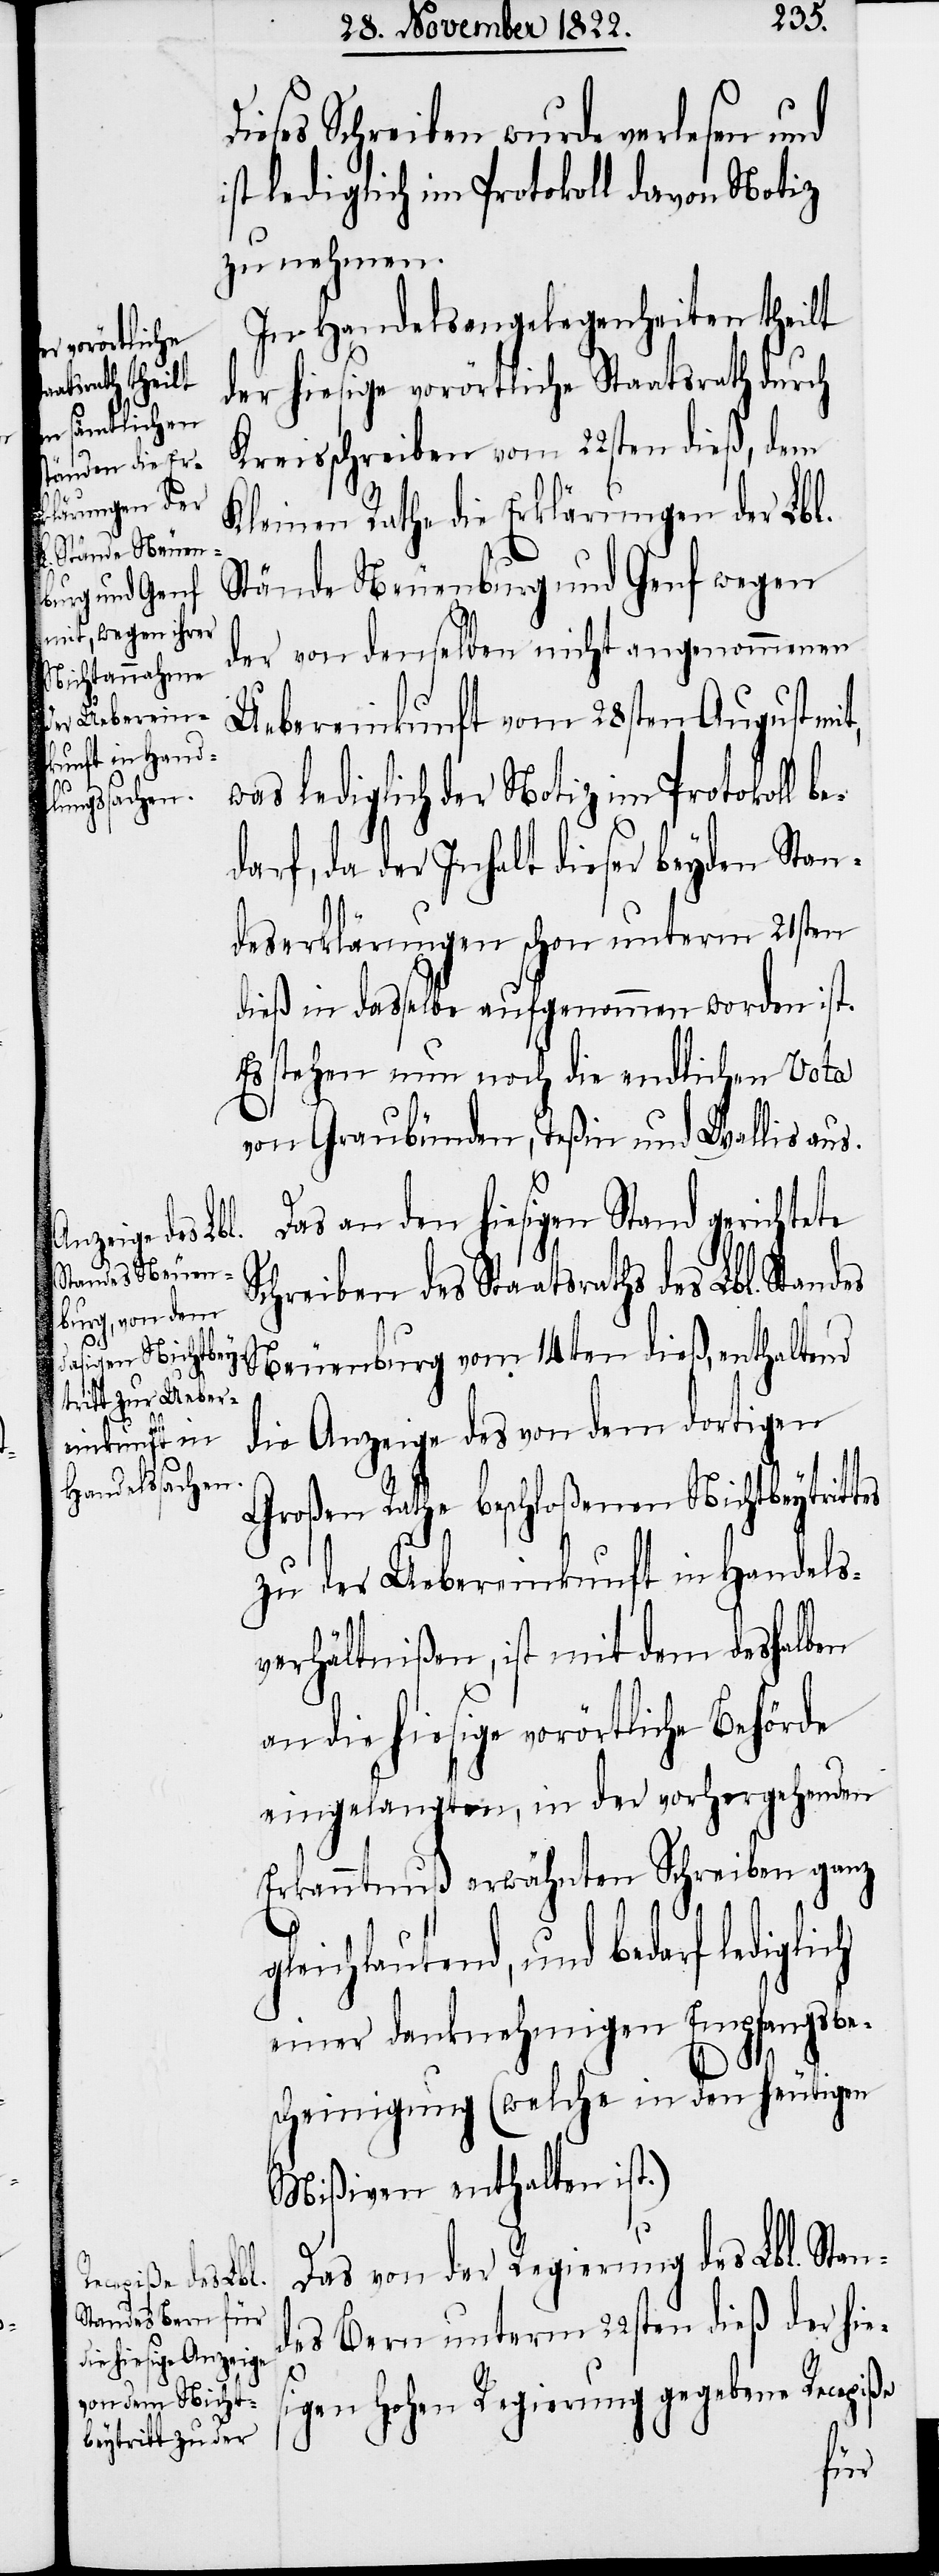
atsraths des Lbl.

ieses Schreiben wurde verlesen und
ist lediglich im Protokoll davon Notiz
zu nehmen.
In Handelsangelegenheiten theilt
der hiesige vorörtliche Staatsrath durch
Kreisschreiben vom 22sten dieß, dem
Kleinen Rathe die Erklärungen der Lbl.
Stände Neuenburg und Genf wegen
der von denselben nicht angenommenen
Uebereinkunft vom 28sten August
was lediglich der Notiz im Protokoll be¬
darf, da der Inhalt dieser beyden Stan¬
deserklärungen schon unterm 21sten
dieß in dasselbe aufgenommen worden ist.
Es stehen nun noch die endlichen Vota
von Graubünden, Teßin und Wallis aus.
Das an den hiesigen Stand gerichtete
ch
Neuenburg vom 14ten dieß, enthaltend
die Anzeige des von dem dortigen
Großen Rathe beschloßenen Nichtbeytrit¬
zu der Uebereinkunft in Handels¬
verhältnißen, ist mit dem deshalben
an die hiesige vorörtliche Behörde
eingelangten, in der vorhergehenden
Erkanntnuß erwähnten Schreiben ganz
eichlautend, und bedarf ledigli¬
einer danknehmigen Empfangsbe¬
scheinigung (welche in den heutigen
Mißiven enthalten ist.)
Das von der Regierung des Lbl. Stan¬
des Bern unterm 22sten dieß der hies¬
igen hohen Regierung gegebene Recepiße